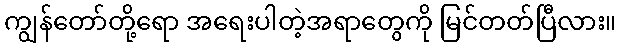
ကျွန်တော်တို့ရော အရေးပါတဲ့အရာတွေကို မြင်တတ်ပြီလား။